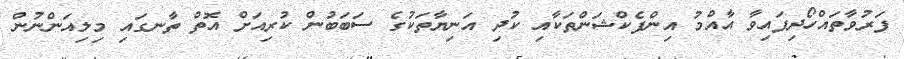
ފަރުވާތައްހޯދިފައިވާ އާއްމު އިންފެކްޝަންތަކާއި ކުދި އަނިޔާތަކުގެ ސަބަބުން ކުރިއަށް އޮތް ތާނގައި މިލިއަންނުން